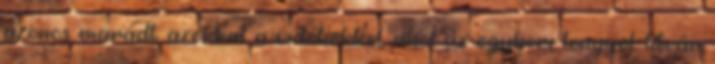
azonos maradt azokkal a vidékekkel, ahol az egykori lengyel–litván